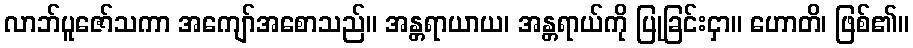
လာဘ်ပူဇော်သကာ အကျော်အစောသည်။ အန္တရာယာယ၊ အန္တရာယ်ကို ပြုခြင်းငှာ။ ဟောတိ၊ ဖြစ်၏။